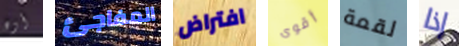
أوه المفاجئ افتراض أقوى لقمة إذا